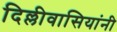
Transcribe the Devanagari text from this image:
दिल्लीवासियांनी